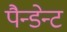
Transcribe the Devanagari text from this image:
पैन्डेन्ट